Treatise on elephants
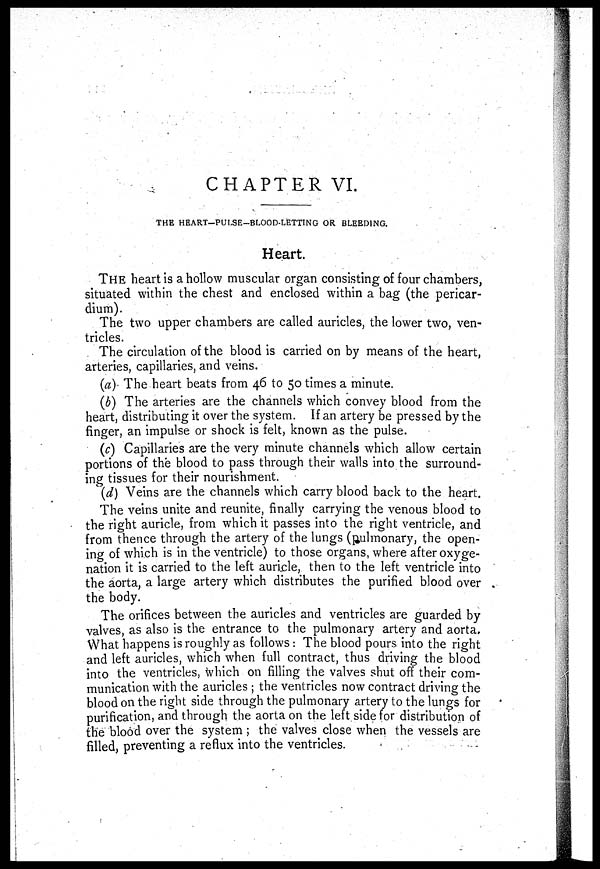
CHAPTER VI.
THE HEART-PULSE-BLOOD-LETTING OR BLEEDING.
Heart.
THE heart is a hollow muscular organ consisting of four chambers,
situated within the chest and enclosed within a bag (the pericar-
dium).
The two upper chambers are called auricles, the lower two, ven-
tricles.
The circulation of the blood is carried on by means of the heart,
arteries, capillaries, and veins.
(a) The heart beats from 46 to 50 times a minute.
(b) The arteries are the channels which convey blood from the
heart, distributing it over the system. If an artery be pressed by the
finger, an impulse or shock is felt, known as the pulse.
(c) Capillaries are the very minute channels which allow certain
portions of the blood to pass through their walls into the surround-
ing tissues for their nourishment.
(d) Veins are the channels which carry blood back to the heart.
The veins unite and reunite, finally carrying the venous blood to
the right auricle, from which it passes into the right ventricle, and
from thence through the artery of the lungs (pulmonary, the open-
ing of which is in the ventricle) to those organs, where after oxyge-
nation it is carried to the left auricle, then to the left ventricle into
the aorta, a large artery which distributes the purified blood over
the body.
The orifices between the auricles and ventricles are guarded by
valves, as also is the entrance to the pulmonary artery and aorta.
What happens is roughly as follows : The blood pours into the right
and left auricles, which when full contract, thus driving the blood
into the ventricles, which on filling the valves shut off their com-
munication with the auricles ; the ventricles now contract driving the
blood on the right side through the pulmonary artery to the lungs for
purification, and through the aorta on the left side for distribution of
the blood over the system ; the valves close when the vessels are
filled, preventing a reflux into the ventricles.